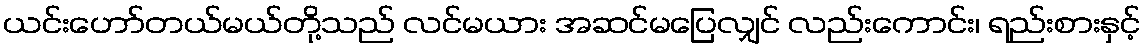
ယင်းဟော်တယ်မယ်တို့သည် လင်မယား အဆင်မပြေလျှင် လည်းကောင်း၊ ရည်းစားနှင့်